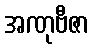
အဏုဗီဇာ